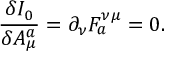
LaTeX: \frac { \delta I _ { 0 } } { \delta A _ { \mu } ^ { a } } = \partial _ { \nu } F _ { a } ^ { \nu \mu } = 0 .